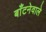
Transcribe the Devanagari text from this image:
बाँटनेवाले